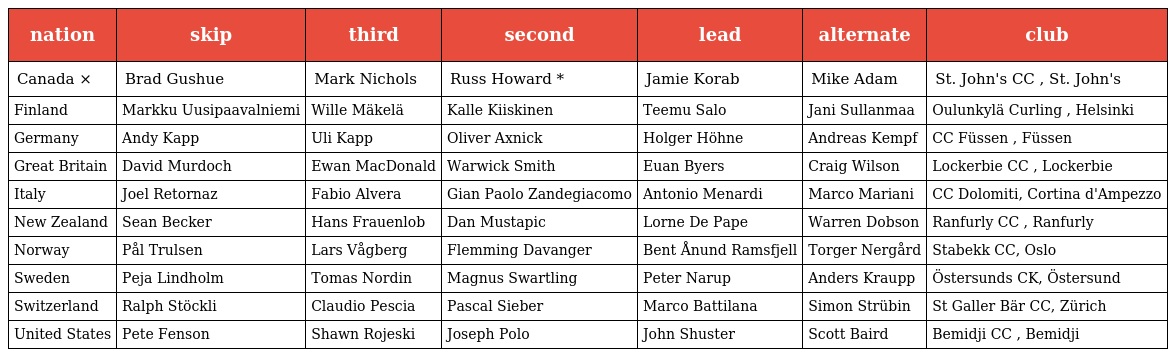
| nation | skip | third | second | lead | alternate | club |
 | --- | --- | --- | --- | --- | --- | --- |
 | Canada × | Brad Gushue | Mark Nichols | Russ Howard * | Jamie Korab | Mike Adam | St. John's CC , St. John's |
 | Finland | Markku Uusipaavalniemi | Wille Mäkelä | Kalle Kiiskinen | Teemu Salo | Jani Sullanmaa | Oulunkylä Curling , Helsinki |
 | Germany | Andy Kapp | Uli Kapp | Oliver Axnick | Holger Höhne | Andreas Kempf | CC Füssen , Füssen |
 | Great Britain | David Murdoch | Ewan MacDonald | Warwick Smith | Euan Byers | Craig Wilson | Lockerbie CC , Lockerbie |
 | Italy | Joel Retornaz | Fabio Alvera | Gian Paolo Zandegiacomo | Antonio Menardi | Marco Mariani | CC Dolomiti, Cortina d'Ampezzo |
 | New Zealand | Sean Becker | Hans Frauenlob | Dan Mustapic | Lorne De Pape | Warren Dobson | Ranfurly CC , Ranfurly |
 | Norway | Pål Trulsen | Lars Vågberg | Flemming Davanger | Bent Ånund Ramsfjell | Torger Nergård | Stabekk CC, Oslo |
 | Sweden | Peja Lindholm | Tomas Nordin | Magnus Swartling | Peter Narup | Anders Kraupp | Östersunds CK, Östersund |
 | Switzerland | Ralph Stöckli | Claudio Pescia | Pascal Sieber | Marco Battilana | Simon Strübin | St Galler Bär CC, Zürich |
 | United States | Pete Fenson | Shawn Rojeski | Joseph Polo | John Shuster | Scott Baird | Bemidji CC , Bemidji |